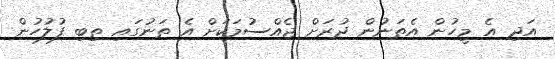
އަދި އެ މީހުން އެތަނުން ދުރަށް ޖެއްސުމަކަށް އެ ތަނުގައި ތިބި ފުލުހުން